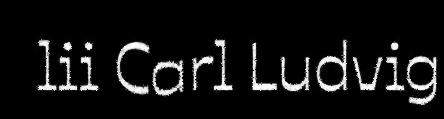
lii Carl Ludvig